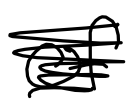
Text: summer
Cross-out: mix
Writing tool: digital_black